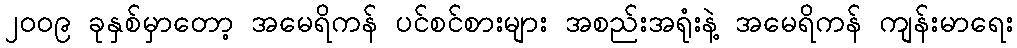
၂၀၀၉ ခုနှစ်မှာတော့ အမေရိကန် ပင်စင်စားများ အစည်းအရုံးနဲ့ အမေရိကန် ကျန်းမာရေး